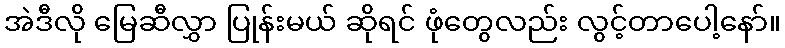
အဲဒီလို မြေဆီလွှာ ပြုန်းမယ် ဆိုရင် ဖုံတွေလည်း လွင့်တာပေါ့နော်။